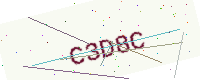
Text: C3D8C